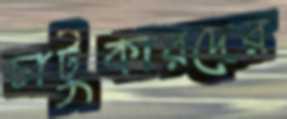
চাটুকারদের